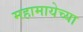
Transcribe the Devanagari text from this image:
महामायेच्या